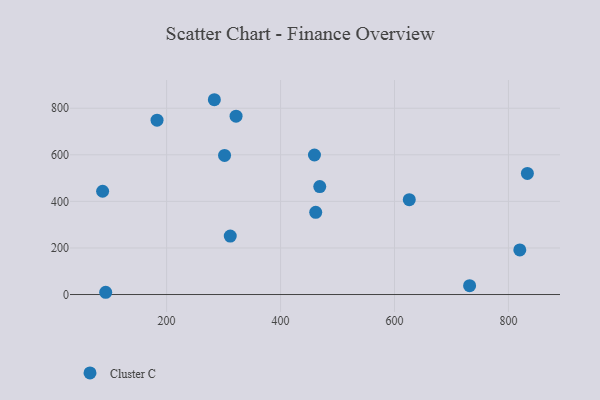
{"axis": {"x": "Engine Size", "y": "Rating"}, "legend": ["Cluster C"], "data": [{"x": "461.7", "y": 353.1, "type": "Cluster C"}, {"x": "468.8", "y": 463.7, "type": "Cluster C"}, {"x": "183.2", "y": 748.8, "type": "Cluster C"}, {"x": "283.8", "y": 836.6, "type": "Cluster C"}, {"x": "321.9", "y": 766.1, "type": "Cluster C"}, {"x": "311.7", "y": 250.9, "type": "Cluster C"}, {"x": "87.7", "y": 443.5, "type": "Cluster C"}, {"x": "625.9", "y": 407.3, "type": "Cluster C"}, {"x": "731.8", "y": 37.9, "type": "Cluster C"}, {"x": "459.5", "y": 599.3, "type": "Cluster C"}, {"x": "301.7", "y": 597.5, "type": "Cluster C"}, {"x": "93.1", "y": 9.7, "type": "Cluster C"}, {"x": "819.9", "y": 191.4, "type": "Cluster C"}, {"x": "833.2", "y": 520.3, "type": "Cluster C"}]}